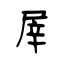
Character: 屖